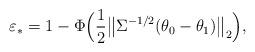
LaTeX: \begin{align*}\varepsilon_* = 1-\Phi\Big(\frac12\big\|\Sigma^{-1/2}(\theta_0-\theta_1)\big\|_2\Big),\end{align*}